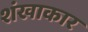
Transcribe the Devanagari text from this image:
शंखाकार